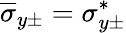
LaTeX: \overline{{\sigma}}_{y\pm}=\sigma_{y\pm}^{*}